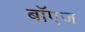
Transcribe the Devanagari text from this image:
बॉएज